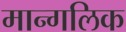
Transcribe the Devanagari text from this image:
मान्गलिक